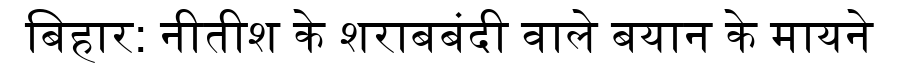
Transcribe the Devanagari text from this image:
बिहार: नीतीश के शराबबंदी वाले बयान के मायने